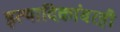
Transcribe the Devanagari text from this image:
इत्यादिकांवरही